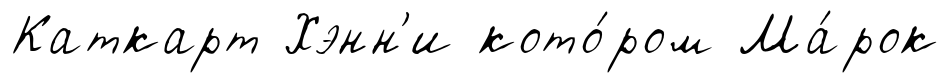
Каткарт Хэнн'и кото́ром Ма́рок